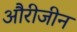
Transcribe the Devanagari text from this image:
औरीजीन